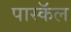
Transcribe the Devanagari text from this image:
पास्कॅल